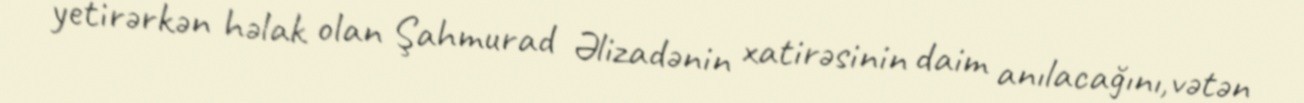
yetirərkən həlak olan Şahmurad Əlizadənin xatirəsinin daim anılacağını,vətən